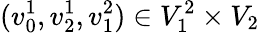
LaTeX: (v_{0}^{1},v_{2}^{1},v_{1}^{2})\in V_{1}^{2}\times V_{2}